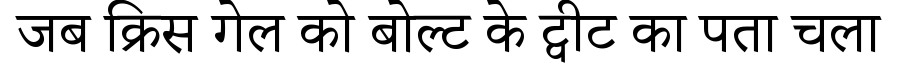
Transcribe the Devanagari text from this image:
जब क्रिस गेल को बोल्ट के ट्वीट का पता चला